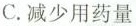
C. 减少用药量